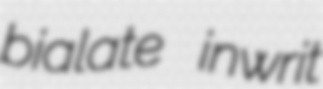
bialate inwrit